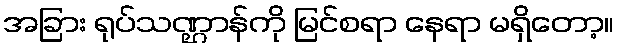
အခြား ရုပ်သဏ္ဌာန်ကို မြင်စရာ နေရာ မရှိတော့။